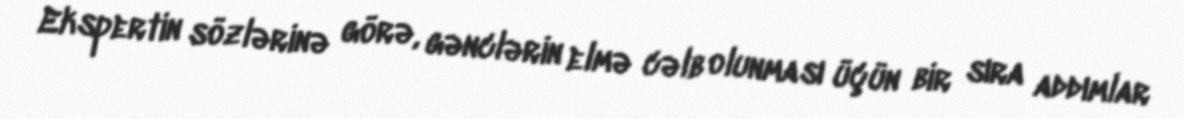
Ekspertin sözlərinə görə, gənclərin elmə cəlb olunması üçün bir sıra addımlar